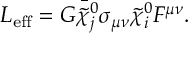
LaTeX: { \cal L } _ { \mathrm { e f f } } = { \cal G } \bar { \tilde { \chi } _ { j } ^ { 0 } } \sigma _ { \mu \nu } \tilde { \chi } _ { i } ^ { 0 } F ^ { \mu \nu } .